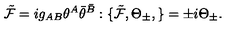
{ \tilde { \cal F } } = i g _ { A B } \theta ^ { A } { \bar { \theta } } ^ { \bar { B } } : \{ { \tilde { \cal F } } , \Theta _ { \pm } , \} = \pm i \Theta _ { \pm } .